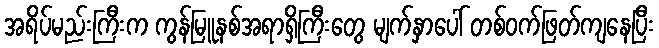
အရိပ်မည်းကြီးက ကွန်မြူနစ်အရာရှိကြီးတွေ မျက်နှာပေါ် တစ်ဝက်ဖြတ်ကျနေပြီး